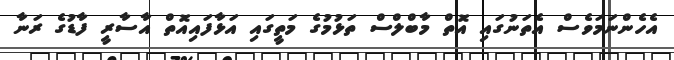
އެހެންނަމަވެސް އެތަނުގައި އޮތް މާބްލްސް ތަޅުމުގެ މަތީގައި އަޅާފައިއޮތް އާސާރީ ފާޑުގެ ރަނާ